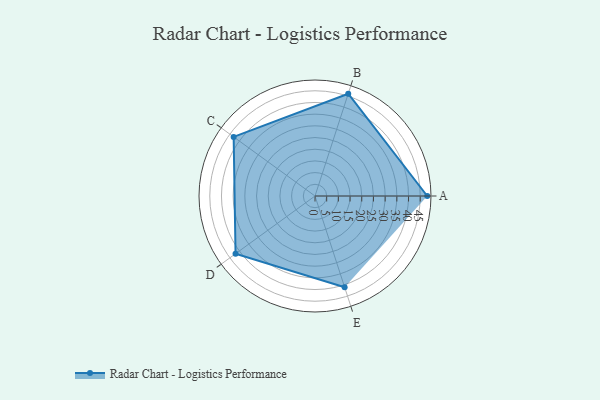
{"axis": {"x": "Skill", "y": "Score"}, "legend": ["Profile"], "data": [{"x": "A", "y": 48.0, "type": "Profile"}, {"x": "B", "y": 46.0, "type": "Profile"}, {"x": "C", "y": 43.0, "type": "Profile"}, {"x": "D", "y": 42.0, "type": "Profile"}, {"x": "E", "y": 41.0, "type": "Profile"}]}